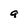
Character: a